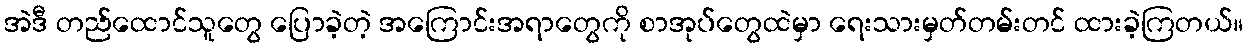
အဲဒီ တည်ထောင်သူတွေ ပြောခဲ့တဲ့ အကြောင်းအရာတွေကို စာအုပ်တွေထဲမှာ ရေးသားမှတ်တမ်းတင် ထားခဲ့ကြတယ်။